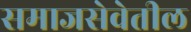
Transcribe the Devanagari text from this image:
समाजसेवेतील